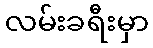
လမ်းခရီးမှာ